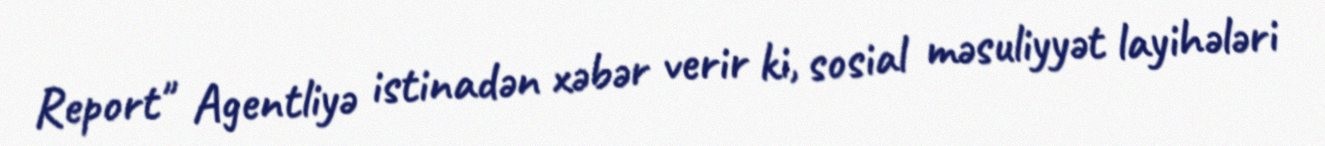
Report" Agentliyə istinadən xəbər verir ki, sosial məsuliyyət layihələri